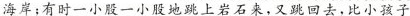
海岸；有时一小股一小股地跳上岩石来，又跳回去，比小孩子